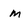
Character: m